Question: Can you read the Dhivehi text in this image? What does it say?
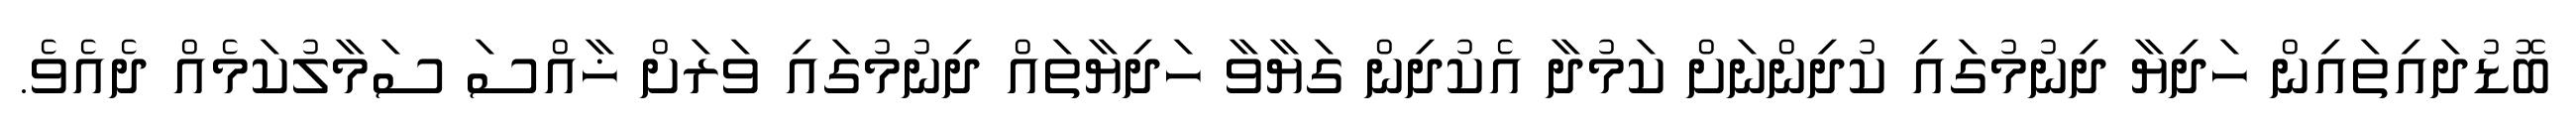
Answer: ބޮޑުދައިތައިން ހަދިޔާ ދިނުމުގައި ކުދިންނަށް ކަމުދާ އެކުދިން ގަޔާވާ ހަދިޔާތައް ދިނުމުގައި ވަރަށް ޚާއްސަ ސަމާލުކަމެއް ދެއެވެ.